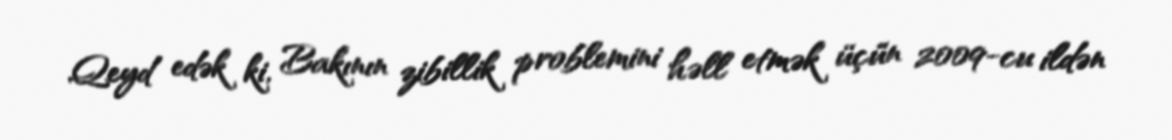
Qeyd edək ki, Bakının zibillik problemini həll etmək üçün 2009-cu ildən